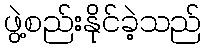
ဖွဲ့စည်းနိုင်ခဲ့သည်